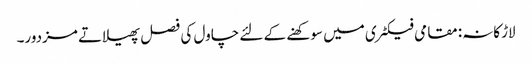
لاڑکانہ: مقامی فیکٹری میں سوکھنے کے لئے چاول کی فصل پھیلاتے مزدور۔